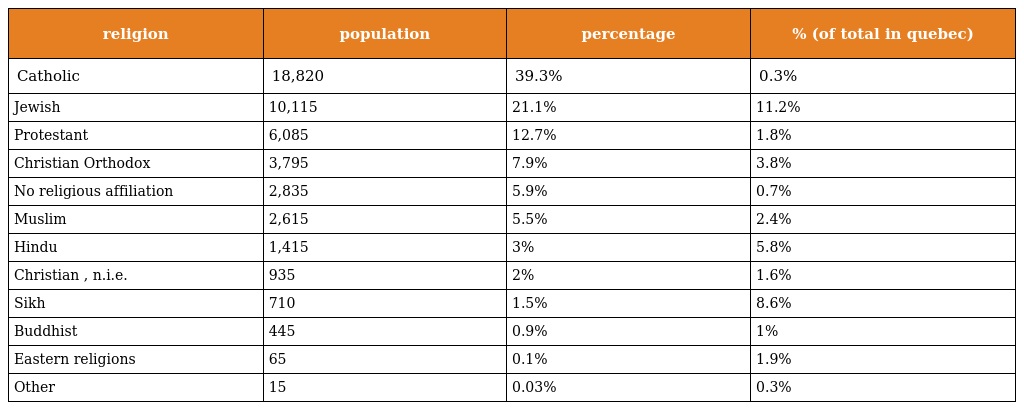
| religion | population | percentage | % (of total in quebec) |
 | --- | --- | --- | --- |
 | Catholic | 18,820 | 39.3% | 0.3% |
 | Jewish | 10,115 | 21.1% | 11.2% |
 | Protestant | 6,085 | 12.7% | 1.8% |
 | Christian Orthodox | 3,795 | 7.9% | 3.8% |
 | No religious affiliation | 2,835 | 5.9% | 0.7% |
 | Muslim | 2,615 | 5.5% | 2.4% |
 | Hindu | 1,415 | 3% | 5.8% |
 | Christian , n.i.e. | 935 | 2% | 1.6% |
 | Sikh | 710 | 1.5% | 8.6% |
 | Buddhist | 445 | 0.9% | 1% |
 | Eastern religions | 65 | 0.1% | 1.9% |
 | Other | 15 | 0.03% | 0.3% |